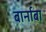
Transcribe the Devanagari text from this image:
बार्नाबा